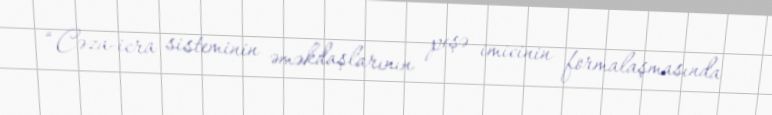
“Cəza-icra sisteminin əməkdaşlarının peşə imicinin formalaşmasında